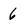
Character: 6